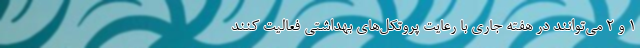
۱ و ۲ می‌توانند در هفته جاری با رعایت پروتکل‌های بهداشتی فعالیت کنند